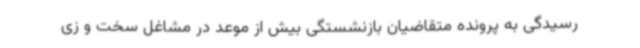
رسیدگی به پرونده متقاضیان بازنشستگی بیش از موعد در مشاغل سخت و زی